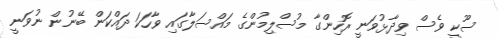
ސޫކީ ވެސް ވިދާޅުވަނީ ރޮހިންގާ މުސްލިމުންގެ މައްސަލާގައި ވާހަކަ ދައްކަން ބޭނުން ނުވަނީ